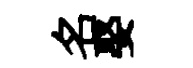
名娶